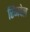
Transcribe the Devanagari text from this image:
रिंगवेल